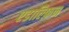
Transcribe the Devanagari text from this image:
एडाल्फ़िन